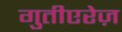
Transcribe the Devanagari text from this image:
गुतीएरेज़